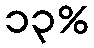
၁၃%